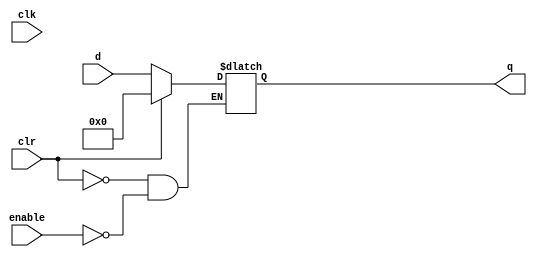
module reg_32bit#(parameter val=0) (
    input wire clk,
    input wire clr,
    input wire enable, 
    input wire [31:0] d,
    output reg [31:0] q
);
initial begin q<=val; 
end
    always@(clk) begin
        if (clr) begin
            q[31:0] <= 32'b0;
        end
        else if(enable) begin
            q[31:0]<=d[31:0];
        end
    end
    
endmodule


// somewhere in ur datapath module, 
//reg_32bit R1(clk, clr, r1_enable, bus_contents, r1_data_out);
//reg_32bit Zlow(clk, clr, Z_enable, bus_contents, Zlow_data_out);